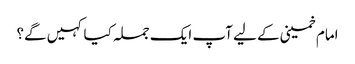
امام خمینی کے لیے آپ ایک جملہ کیا کہیں گے؟